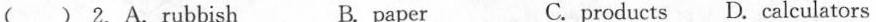
( ) 2.A.rubbish B. paper C.products D. calculators